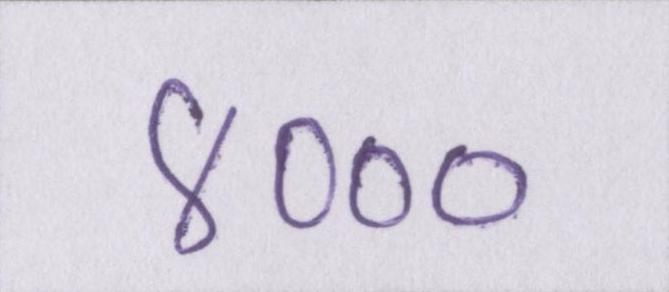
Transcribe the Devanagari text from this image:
४०००